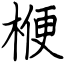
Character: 楩